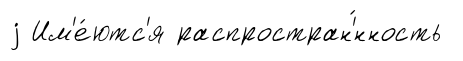
j Им'е́ютс'я распростран'́нность